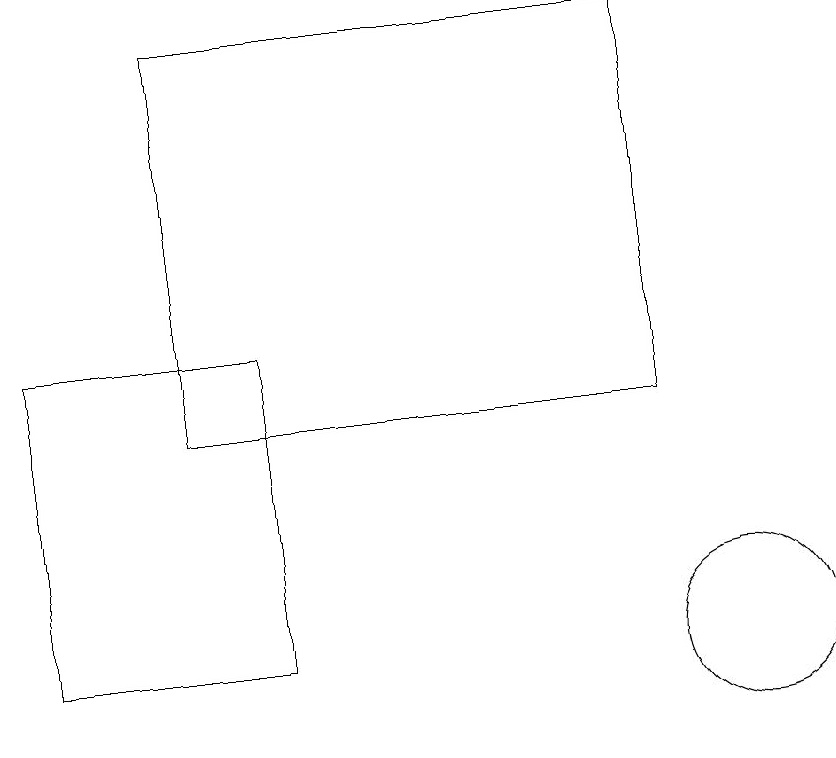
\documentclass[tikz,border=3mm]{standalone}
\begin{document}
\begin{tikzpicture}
\draw (1,14) rectangle (4,10);
\draw (9,13) rectangle (3,18);
\draw (10,10) circle (1);
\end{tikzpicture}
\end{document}